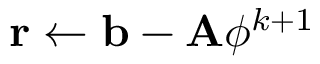
\mathbf { r } \leftarrow \mathbf { b } - \mathbf { A } \phi ^ { k + 1 }